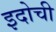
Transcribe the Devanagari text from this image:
इदोची